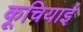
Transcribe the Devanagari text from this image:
कूचियाई